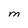
Character: M